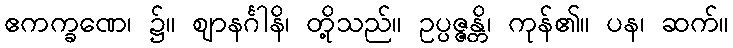
ဧကက္ခဏေ၊ ၌။ ဈာနင်္ဂါနိ၊ တို့သည်။ ဥပ္ပဇ္ဇန္တိ၊ ကုန်၏။ ပန၊ ဆက်။